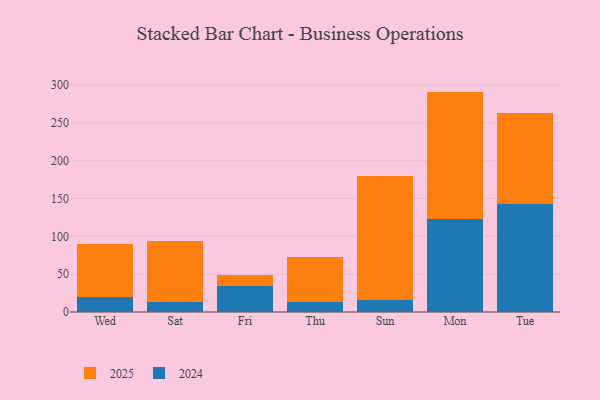
{"axis": {"x": "Day", "y": "Customer Acquisition Cost (USD)"}, "legend": ["2024", "2025"], "data": [{"x": "Wed", "y": 69.4, "type": "2025"}, {"x": "Wed", "y": 20.3, "type": "2024"}, {"x": "Sat", "y": 79.9, "type": "2025"}, {"x": "Sat", "y": 13.4, "type": "2024"}, {"x": "Fri", "y": 13.8, "type": "2025"}, {"x": "Fri", "y": 34.8, "type": "2024"}, {"x": "Thu", "y": 59.5, "type": "2025"}, {"x": "Thu", "y": 13.7, "type": "2024"}, {"x": "Sun", "y": 163.6, "type": "2025"}, {"x": "Sun", "y": 16.4, "type": "2024"}, {"x": "Mon", "y": 169.1, "type": "2025"}, {"x": "Mon", "y": 122.4, "type": "2024"}, {"x": "Tue", "y": 119.7, "type": "2025"}, {"x": "Tue", "y": 143.4, "type": "2024"}]}